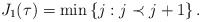
\begin{align*}J_1(\tau) = \min \left \{ j : j \prec j+1 \right \}.\end{align*}